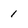
Character: 1